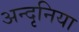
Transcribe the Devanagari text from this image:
अन्दृनिया